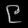
Digit: ၉